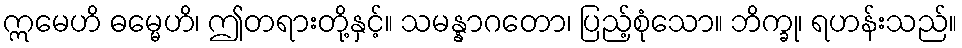
ဣမေဟိ ဓမ္မေဟိ၊ ဤတရားတို့နှင့်။ သမန္နာဂတော၊ ပြည့်စုံသော။ ဘိက္ခု၊ ရဟန်းသည်။